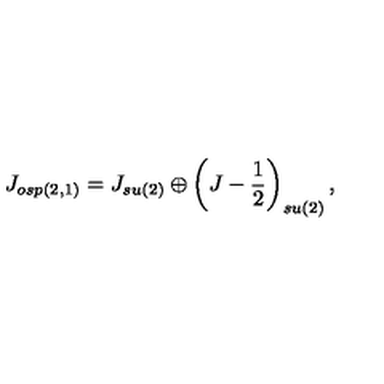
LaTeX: J _ { o s p ( 2 , 1 ) } = J _ { s u ( 2 ) } \oplus \left( J - \frac { 1 } { 2 } \right) _ { s u ( 2 ) } ,